Vaccine operations Central Provinces & Berar 1922-1929 - 1922-1929
Year: 1922
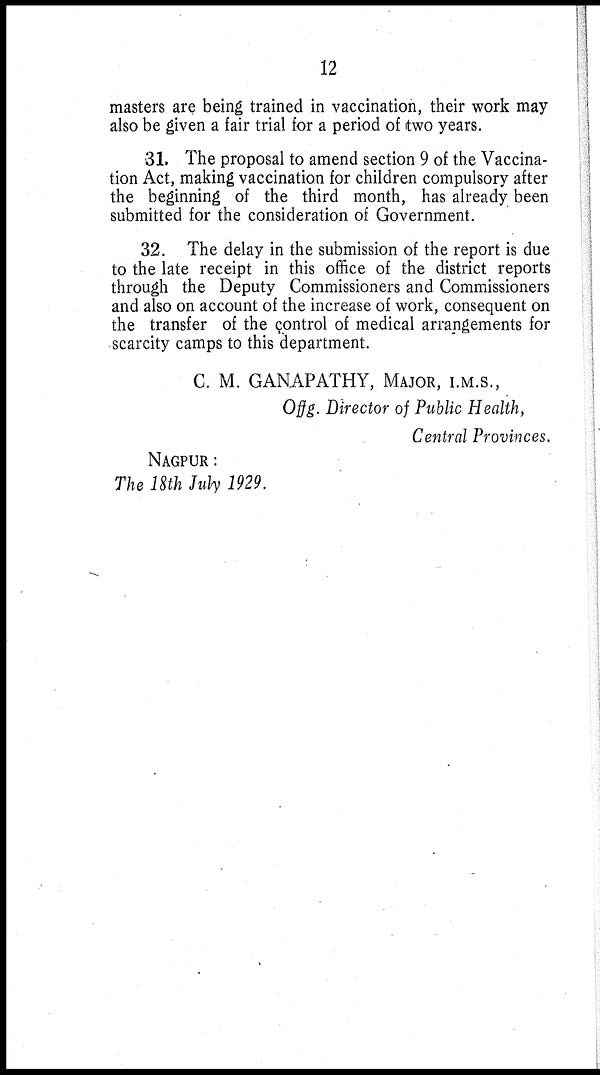
12
masters are being trained in vaccination, their work may
also be given a fair trial for a period of two years.
31. The proposal to amend section 9 of the Vaccina-
tion Act, making vaccination for children compulsory after
the beginning of the third month, has already been
submitted for the consideration of Government.
32. The delay in the submission of the report is due
to the late receipt in this office of the district reports
through the Deputy Commissioners and Commissioners
and also on account of the increase of work, consequent on
the transfer of the control of medical arrangements for
scarcity camps to this department.
C. M. GANAPATHY, MAJOR, I.M.S.,
Offg. Director of Public Health,
Central Provinces.
NAGPUR:
The 18th July 1929.